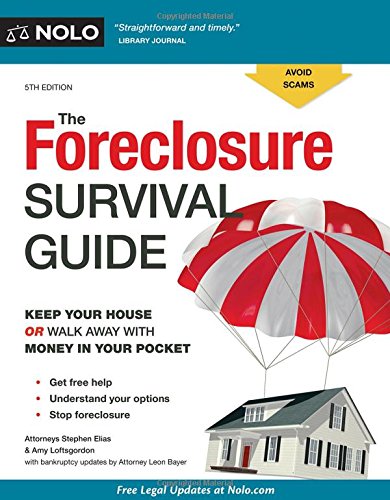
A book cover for Foreclosure Survival Guide, The: Keep Your House or Walk Away With Money in Your Pocket; Stephen Elias; Business & Money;